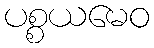
ပစ္စယမေဝ